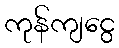
ကုန်ကျငွေ